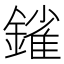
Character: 𨫠